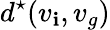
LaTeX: d^{\star}(v_{\mathbf{i}},v_{g})